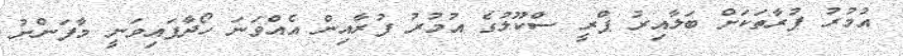
އުމުރު ފުރާތަކަށް ބަލާއިރު ޕްރީ ސްކޫލުގެ އުމުރު ފުރާއިން އެއްވަނަ ހޯދާފައިވަނީ މާފަންނު